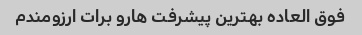
فوق العاده بهترین پیشرفت هارو برات ارزومندم